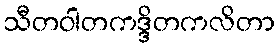
သီတဝါတကဒ္ဒိတကလိတာ